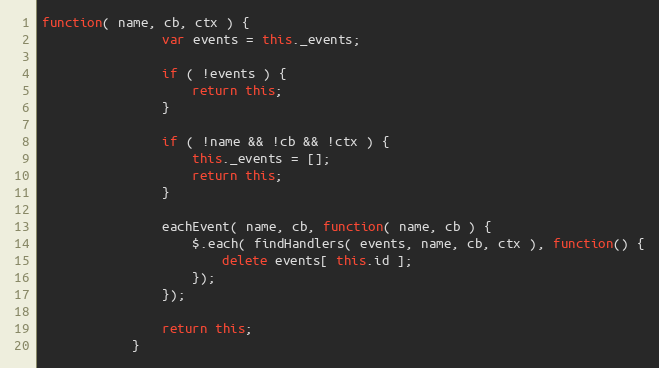
Language: JavaScript
function( name, cb, ctx ) {
                var events = this._events;

                if ( !events ) {
                    return this;
                }

                if ( !name && !cb && !ctx ) {
                    this._events = [];
                    return this;
                }

                eachEvent( name, cb, function( name, cb ) {
                    $.each( findHandlers( events, name, cb, ctx ), function() {
                        delete events[ this.id ];
                    });
                });

                return this;
            }